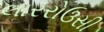
લારરોઉસી